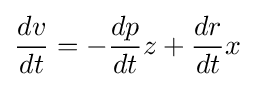
{\frac {dv}{dt}}=-{\frac {dp}{dt}}z+{\frac {dr}{dt}}x